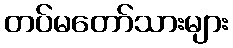
တပ်မတော်သားများ